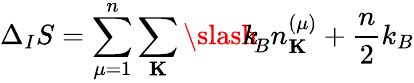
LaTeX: \Delta_{I}S=\sum_{\mu=1}^{n}\sum_{\mathbf K}{\slash\! \! \! k}_{\! {B}}n_{\mathbf K}^{(\mu)}+\frac{n}{2}k_{B}